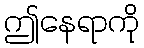
ဤနေရာကို